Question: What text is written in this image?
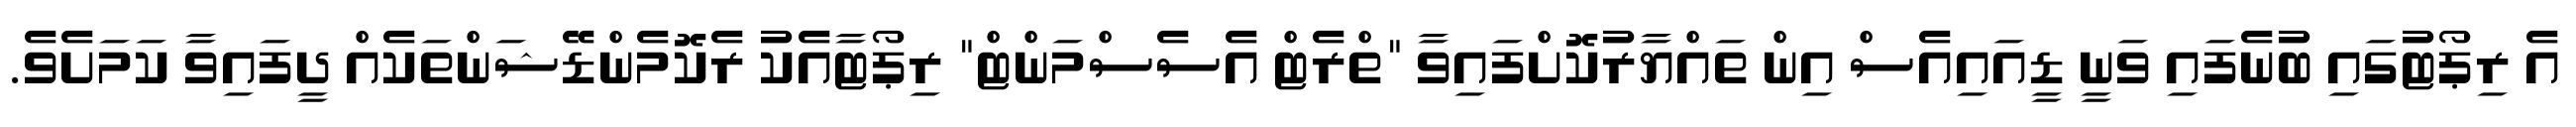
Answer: އެ ރިޕޯޓުގައި ބުނެފައި ވަނީ ޑީއައިއެސް އިން ތައްޔާރުކޮށްފައިވާ "ތްރެޓް އެސެސްމަންޓް" ރިޕޯޓާއެކު ރެކޮމެންޑޭޝަންތަކެއް ދީފައިވާ ކަމަށެވެ.